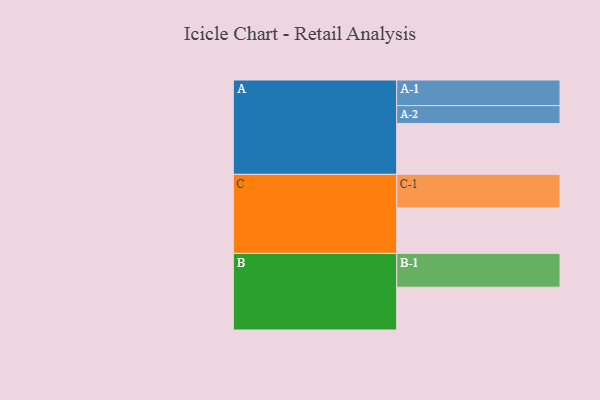
{"axis": {"x": "Segment", "y": "Value"}, "legend": ["", "A", "B", "C"], "data": [{"x": "A", "y": 441, "type": ""}, {"x": "B", "y": 371, "type": ""}, {"x": "C", "y": 394, "type": ""}, {"x": "A-1", "y": 222, "type": "A"}, {"x": "A-2", "y": 155, "type": "A"}, {"x": "B-1", "y": 293, "type": "B"}, {"x": "C-1", "y": 291, "type": "C"}]}